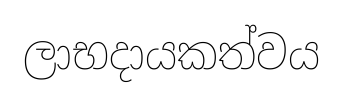
ලාභදායකත්වය